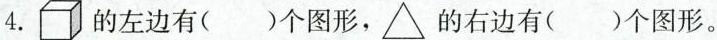
4.的左边有()个图形，\triangle 的右边有()个图形